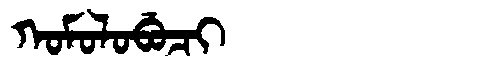
Manchu: ᡴᠣᠮᠣᠯᠣᠪᡠᠴᡳ
Romanization: KOMOLOBUCI